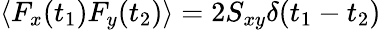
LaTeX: \langle F_{x}(t_{1})F_{y}(t_{2})\rangle=2S_{xy}\delta(t_{1}-t_{2})